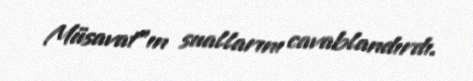
Müsavat”ın suallarını cavablandırdı.